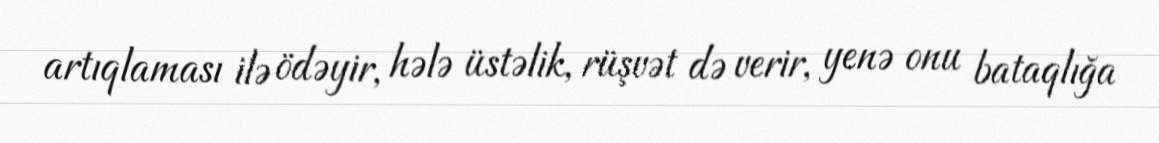
artıqlaması ilə ödəyir, hələ üstəlik, rüşvət də verir, yenə onu bataqlığa